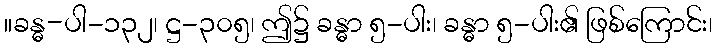
။ခန္ဓ-ပါ-၁၃၂၊ ဋ္ဌ-၃၀၅၊ ဤ၌ ခန္ဓာ ၅-ပါး၊ ခန္ဓာ ၅-ပါး၏ ဖြစ်ကြောင်း၊